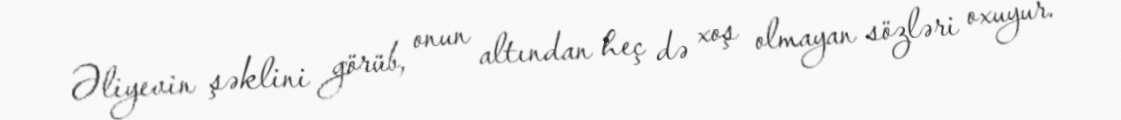
Əliyevin şəklini görüb, onun altından heç də xoş olmayan sözləri oxuyur.